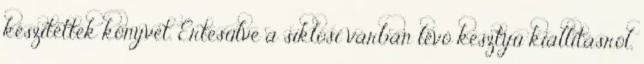
készítettek könyvet. Értesülve a siklósi várban lévô kesztyû kiállításról,